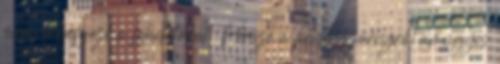
mire ő befejezi a feladatokat. Persze a padlásszörnyről amúgyis